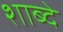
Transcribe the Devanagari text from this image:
शाब्दे